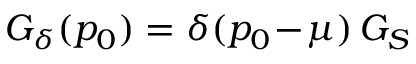
G _ { \delta } ( p _ { 0 } ) = \delta ( p _ { 0 } \! - \! \mu ) \, G _ { S }